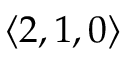
\langle 2 , 1 , 0 \rangle